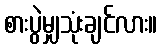
စားပွဲမျှသုံးချင်လား။